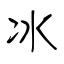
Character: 冰